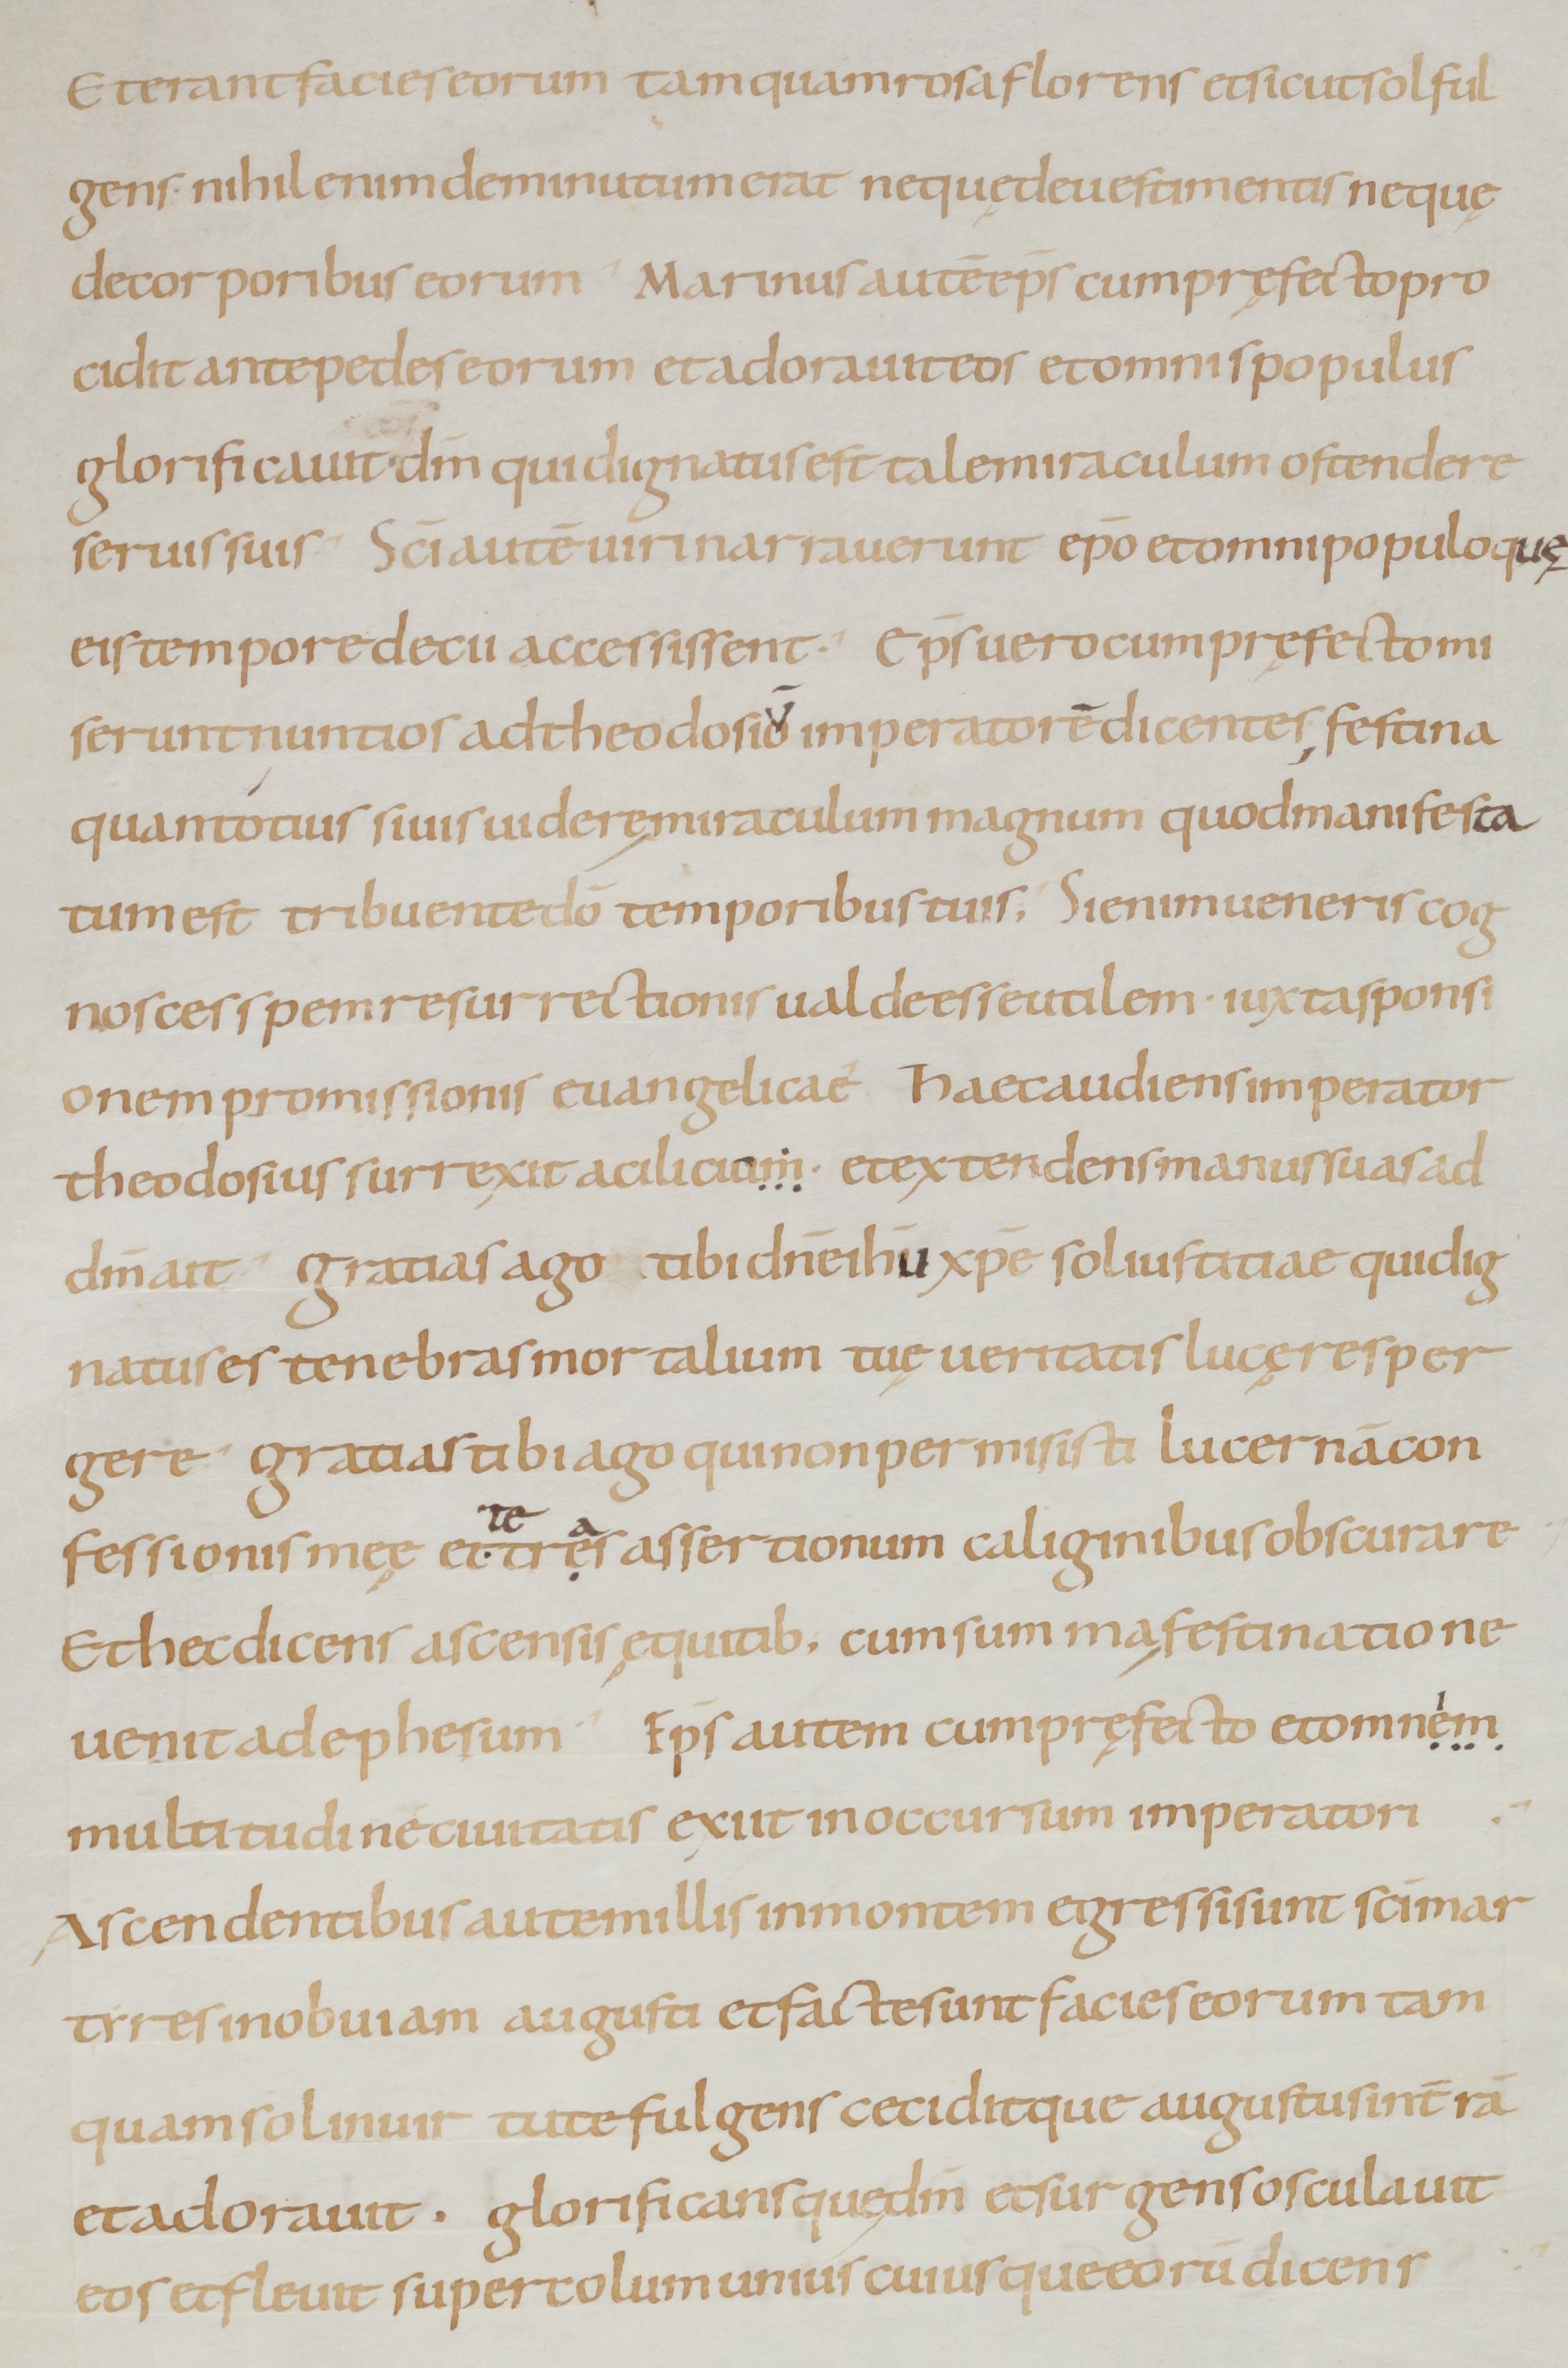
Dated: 800–999